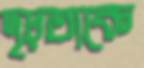
দৃঢ়তাকে